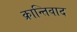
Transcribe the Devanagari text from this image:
क्रान्तिवाद